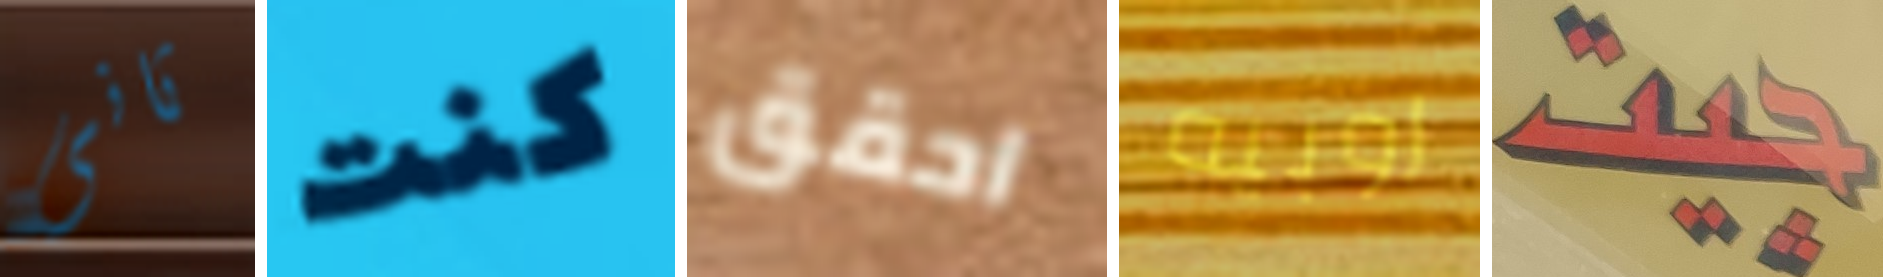
ثانى كنت احقق روبيه جيت